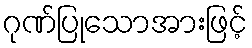
ဂုဏ်ပြုသောအားဖြင့်